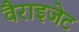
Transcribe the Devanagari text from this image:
वैराइजेट